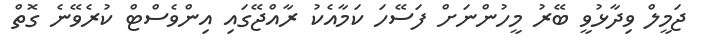
ޖަމީލް ވިދާޅުވީ ބޭރު މީހުންނަށް ފަސޭހަ ކަމާއެކު ރާއްޖޭގައި އިންވެސްޓް ކުރެވޭނެ ގޮތް